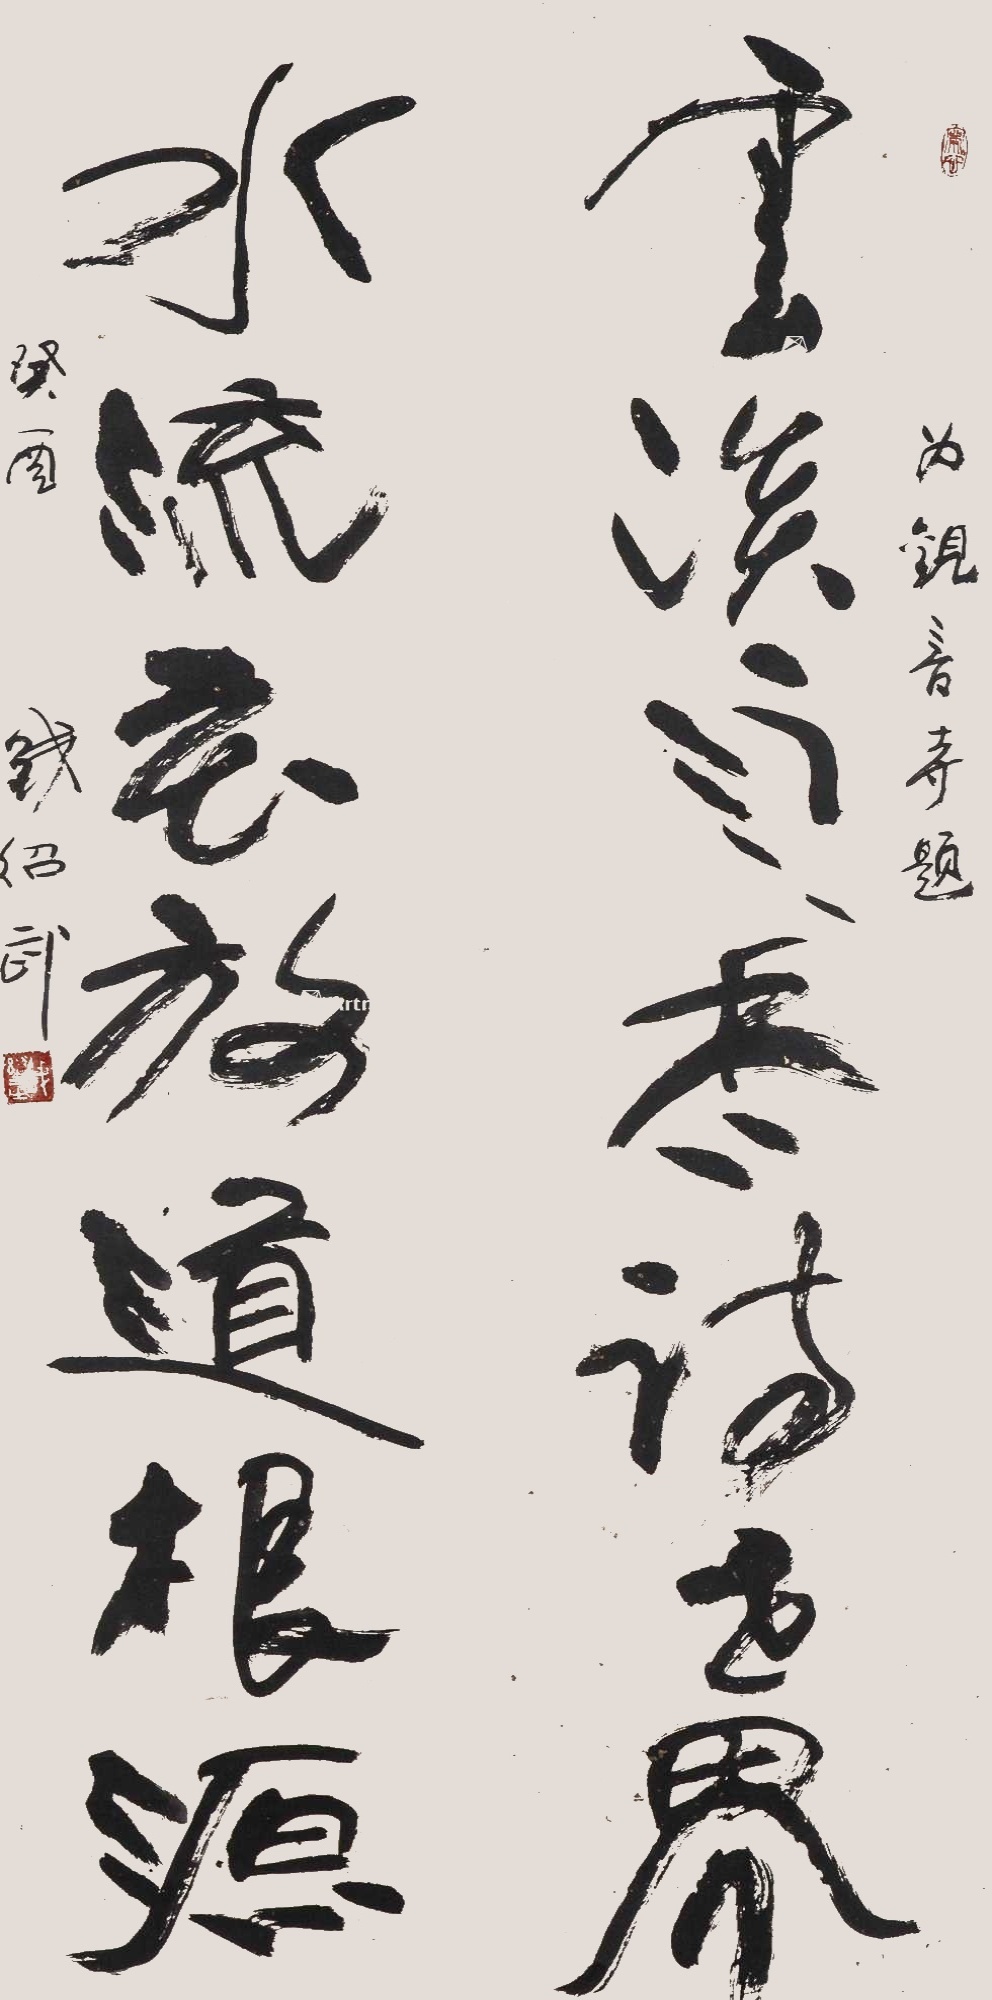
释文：云淡雨香诗世界，水流花放道根源。为观音寺题。癸酉，钱绍武。